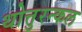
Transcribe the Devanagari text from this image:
थोत्तुरन्कल